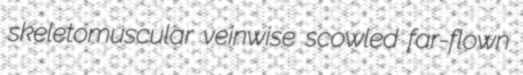
skeletomuscular veinwise scowled far-flown